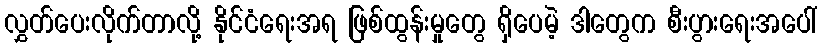
လွှတ်ပေးလိုက်တာလို့ နိုင်ငံရေးအရ ဖြစ်ထွန်းမှုတွေ ရှိပေမဲ့ ဒါတွေက စီးပွားရေးအပေါ်